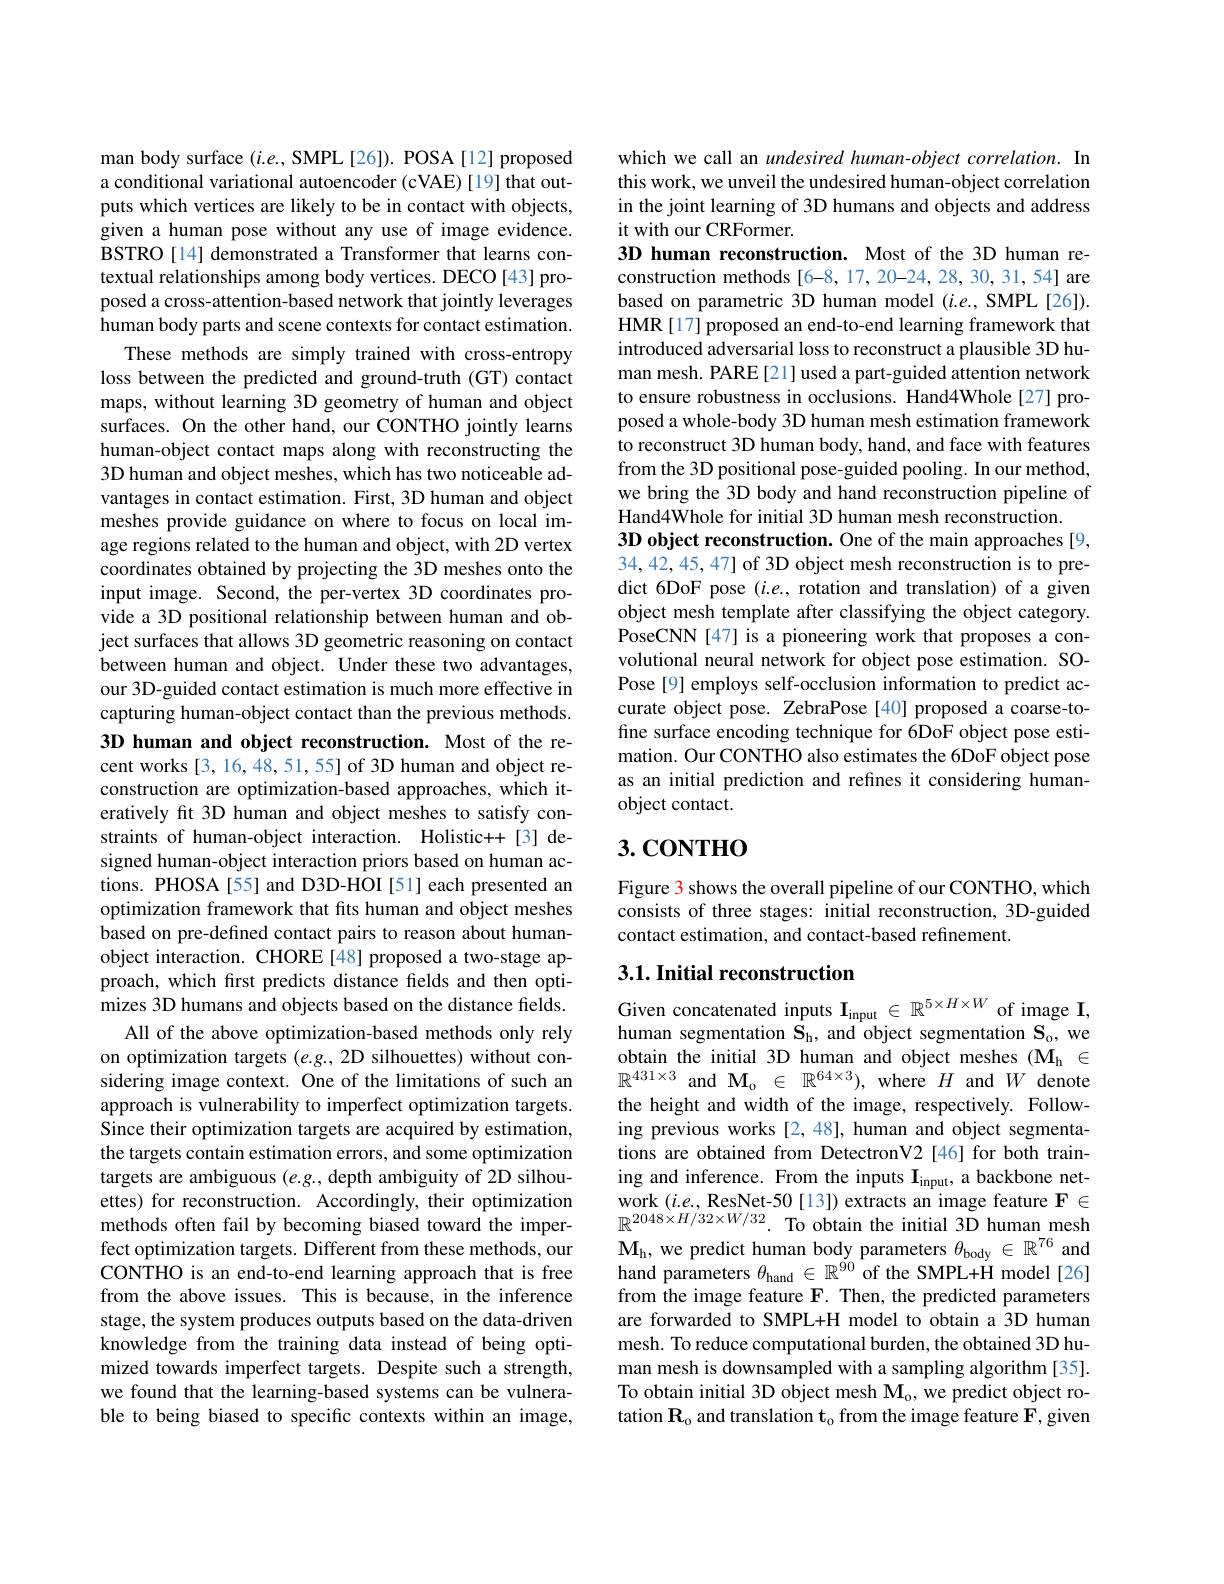
man body surface $(i.e.$, SMPL[26]). POSA[12] proposed a conditional variational autoencoder (cVAE)[19] that outputs which vertices are likely to be in contact with objects, given a human pose without any use of image evidence. BSTRO[14] demonstrated a Transformer that learns contextual relationships among body vertices. DECO[43] proposed a cross-attention-based network that jointly leverages human body parts and scene contexts for contact estimation.
These methods are simply trained with cross-entropy loss between the predicted and ground-truth (GT) contact maps, without learning 3D geometry of human and object surfaces. On the other hand, our CONTHO jointly learns human-object contact maps along with reconstructing the 3D human and object meshes, which has two noticeable advantages in contact estimation. First, 3D human and object meshes provide guidance on where to focus on local image regions related to the human and object, with 2D vertex coordinates obtained by projecting the 3D meshes onto the input image. Second, the per-vertex 3D coordinates provide a 3D positional relationship between human and object surfaces that allows 3D geometric reasoning on contact between human and object. Under these two advantages, our 3D-guided contact estimation is much more effective in capturing human-object contact than the previous methods. 3D human and object reconstruction. Most of the recent works [3, 16, 48, 51, 55] of 3D human and object reconstruction are optimization-based approaches, which iteratively ft 3D human and object meshes to satisfy constraints of human-object interaction. Holistic++[3] designed human-object interaction priors based on human actions. PHOSA[55] and D3D-HOI [51] each presented an optimization framework that fits human and object meshes based on pre-defined contact pairs to reason about humanobject interaction. CHORE[48] proposed a two-stage approach, which first predicts distance fields and then optimizes 3D humans and objects based on the distance fields.
All of the above optimization-based methods only rely on optimization targets $(e.g.,2$D silhouettes) without considering image context. One of the limitations of such an approach is vulnerability to imperfect optimization targets. Since their optimization targets are acquired by estimation, the targets contain estimation errors, and some optimization targets are ambiguous $(e.g.$, depth ambiguity of 2D silhouettes) for reconstruction. Accordingly, their optimization methods often fail by becoming biased toward the imperfect optimization targets. Different from these methods, our CONTHO is an end-to-end learning approach that is free from the above issues. This is because, in the inference stage, the system produces outputs based on the data-driven knowledge from the training data instead of being optimized towards imperfect targets. Despite such a strength, we found that the learning-based systems can be vulnerable to being biased to specific contexts within an image,

which we call an undesired human-object correlation. In this work, we unveil the undesired human-object correlation in the joint learning of 3D humans and objects and address it with our CRFormer.
3D human reconstruction. Most of the 3D human reconstruction methods[6-8,17,20-24,28,30,31,54] are based on parametric 3D human model $(i.e.$, SMPL[26]). HMR[17] proposed an end-to-end learning framework that introduced adversarial loss to reconstruct a plausible 3D human mesh. PARE[21] used a part-guided attention network to ensure robustness in occlusions. Hand4Whole[27] proposed a whole-body 3D human mesh estimation framework to reconstruct 3D human body, hand, and face with features from the 3D positional pose-guided pooling. In our method, we bring the 3D body and hand reconstruction pipeline of Hand4Whole for initial 3D human mesh reconstruction.
3D object reconstruction. One of the main approaches [9, 34,42,45,47] of 3D object mesh reconstruction is to predict 6DoF pose $(i.e.$, rotation and translation) of a given object mesh template after classifying the object category. PoseCNN [47] is a pioneering work that proposes a convolutional neural network for object pose estimation. SOPose[9] employs self-occlusion information to predict accurate object pose. ZebraPose[40] proposed a coarse-tofine surface encoding technique for 6DoF object pose estimation. Our CONTHO also estimates the 6DoF object pose as an initial prediction and refines it considering humanobject contact. 3. CONTHO

Figure 3 shows the overall pipeline of our CONTHO, which consists of three stages: initial reconstruction, 3D-guided contact estimation, and contact-based refinement.

## 3.1. Initial reconstruction

Given concatenated inputs $\mathbf{I}_\mathrm{input}\in\mathbb{R}^{5\times H\times W}$ of image I, human segmentation $\bar{\mathbf{S}}_{\mathrm{h}}$, and object segmentation $\mathbf{S}_{\mathrm{o}}$, we obtain the initial 3D human and object meshes $(\mathbf{M}_{\mathrm{h}}\in$ $\mathbb{R}^{431\times3}$ and $\mathbf{M}_0\in\mathbb{R}^{64\times3})$, where $H$ and $W$ denote the height and width of the image, respectively. Following previous works [2,48], human and object segmentations are obtained from DetectronV2 [46] for both training and inference. From the inputs $\mathbf{I}_\mathrm{input}$, a backbone net- $\begin{array}{l}\mathrm{work~}(i.e,\mathrm{ResNet-50~[13])~extracts~an~image~feature~F\in}\\\mathbb{R}^{2048\times H/32\times W/32}.\:\mathrm{To~obtain~the~initial~3D~human~mesh}\end{array}$ $\mathbf{M_h, we~predict~human~body~parameters~\theta _{\mathrm{body~}}\in \mathbb{R} ^{76} and}$ hand parameters $\theta_\mathrm{hand}\in\mathbb{R}^{90}$ of the SMPL+H model[26] from the image feature F. Then, the predicted parameters are forwarded to SMPL+H model to obtain a 3D human mesh. To reduce computational burden, the obtained 3D human mesh is downsampled with a sampling algorithm [35]. To obtain initial 3D object mesh $\mathbf{M_{o},wepredict~object~ro-}$ tation $\mathbf{R}_\mathrm{o}$ and translation t$_\mathrm{o}$ from the image feature F, given